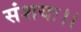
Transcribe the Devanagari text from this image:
संशयः।।